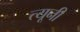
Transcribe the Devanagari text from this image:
त्‍यूनी